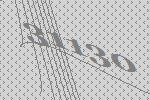
31130